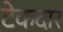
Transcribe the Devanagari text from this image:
टेकदार